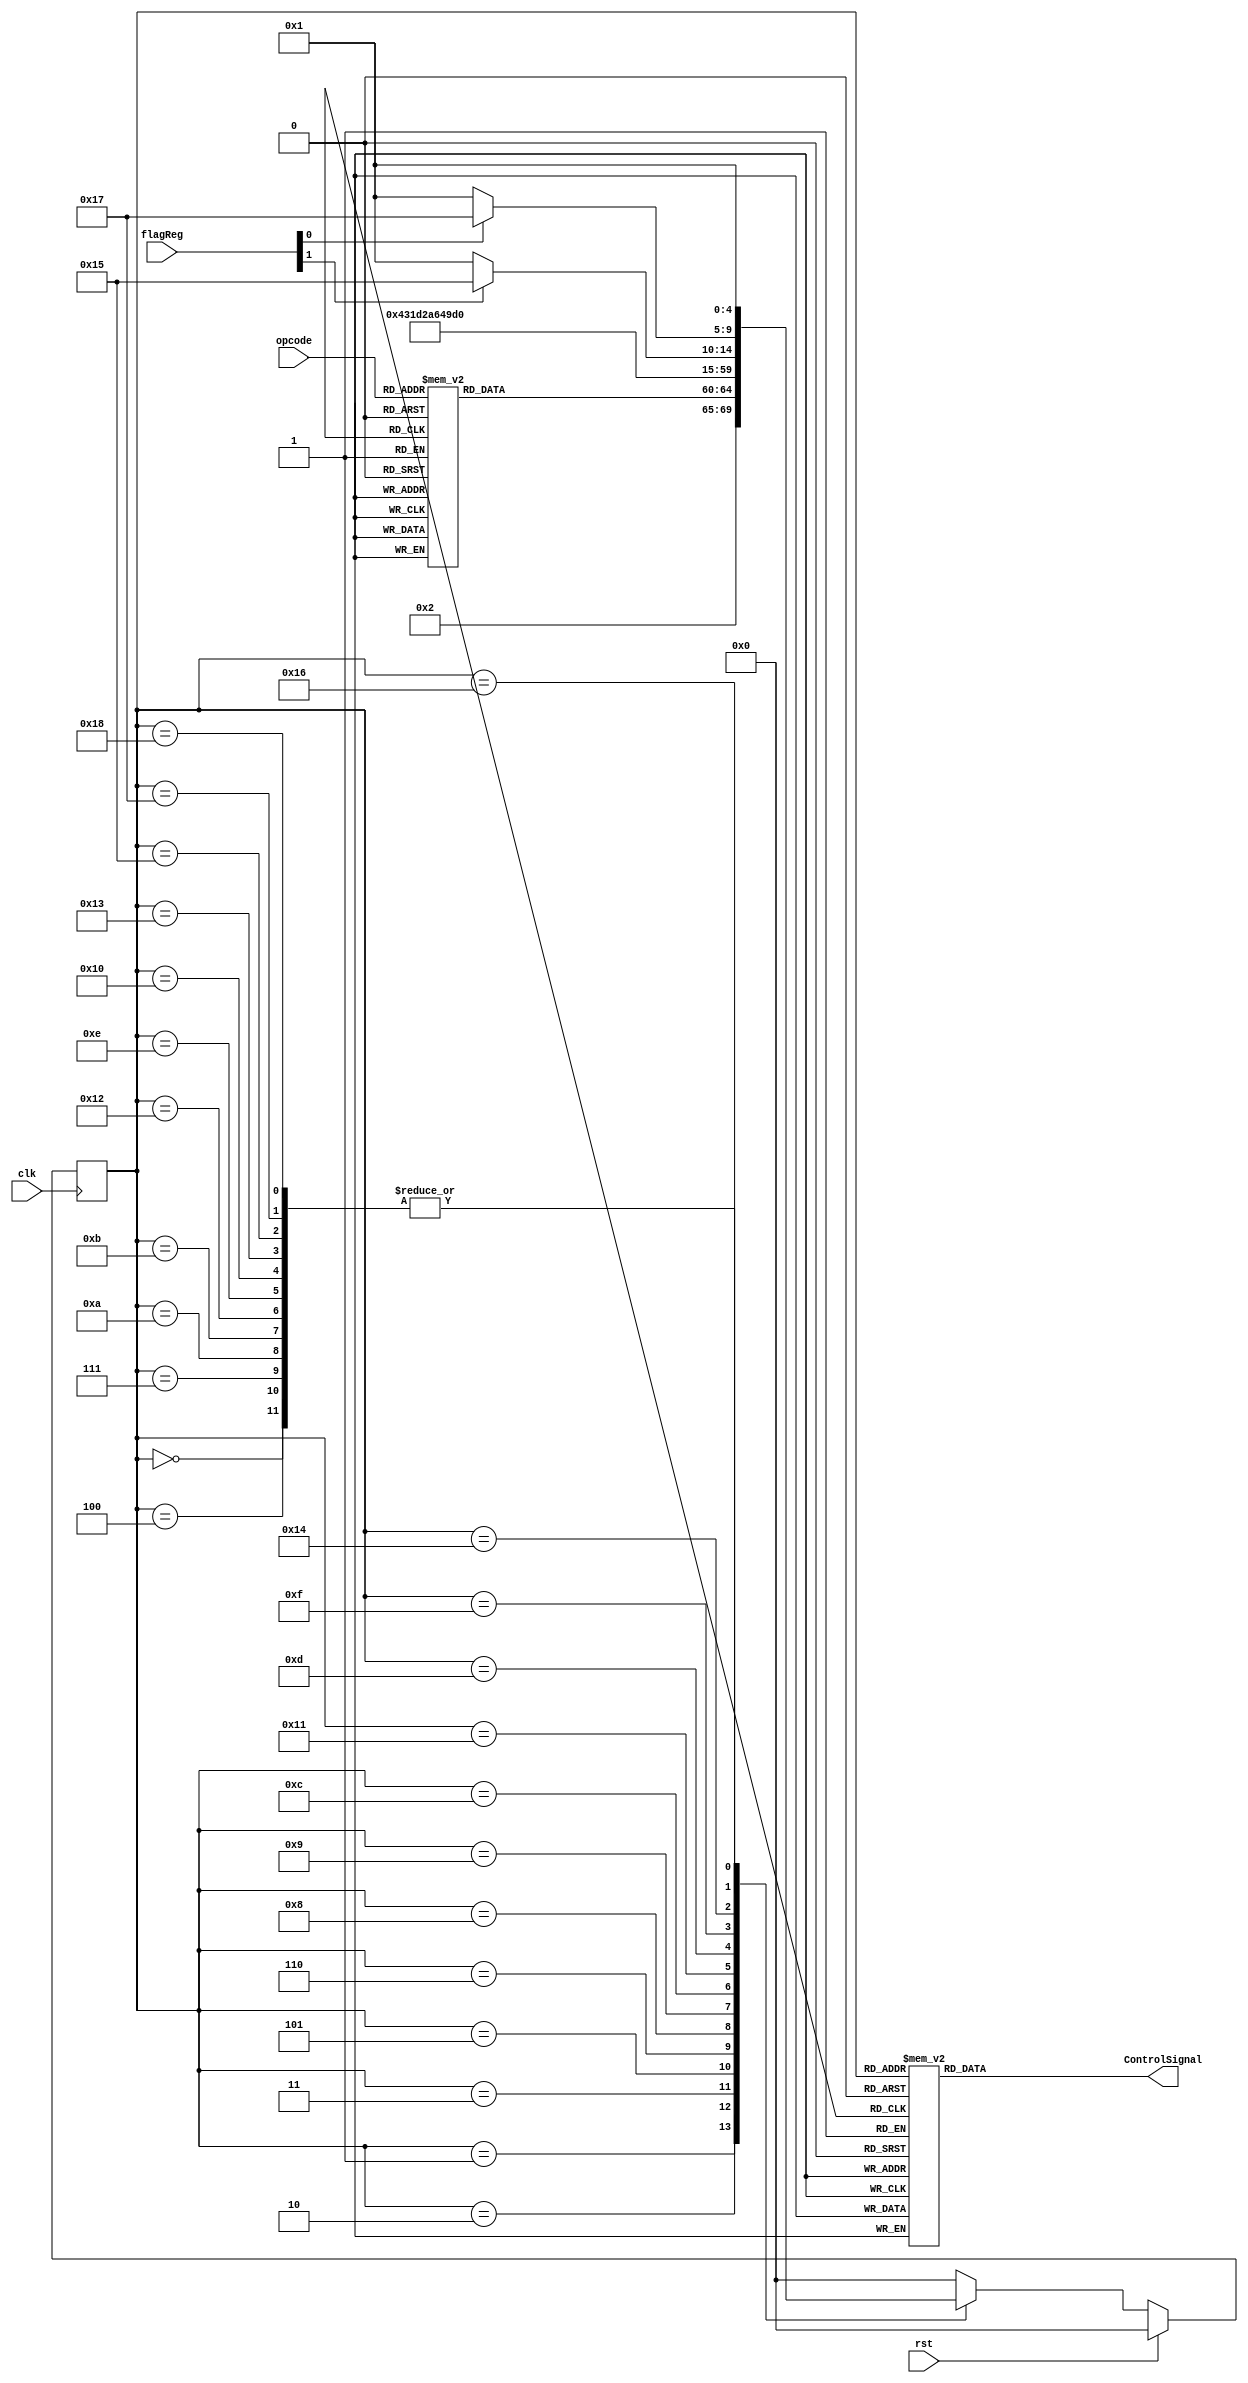
`timescale 1ns/1ps

`define LDA  4'b0000
`define STA  4'b0001
`define ADD  4'b0010
`define SUB  4'b0011
`define INCA 4'b0100
`define DECR 4'b0101
`define JMPZ 4'b0110
`define NOP  4'b0111
`define JMP  4'b1000
`define JMPC 4'b1001
`define LDI  4'b1010
`define OUT  4'b1011
`define HLT  4'b1100


module controlunit(
    input [3:0]opcode,
    input [1:0]flagReg,
    input clk,rst,
    output [17:0]ControlSignal
);

// Micro Opertions 
parameter idle = 0 ;
// Fetch States
parameter  fetch1 = 1;
parameter  fetch2 = 2; // Internall this state also performs Instruction Decode
                       // Because of Common Bus Architecture
// Load States
parameter  lda1 = 3;
parameter  lda2 = 4;
// Add States
parameter  add1 = 5;
parameter  add2 = 6;
parameter  add3 = 7;
// Subtract States
parameter  sub1 = 8;
parameter  sub2 = 9;
parameter  sub3 = 10;
// Output State
parameter  out  = 11;
// Halt State
parameter  hlt1  = 12;
// Increment States
parameter inc1 = 13;
parameter inc2 = 14;
// Decrement States
parameter dec1 = 15;
parameter dec2 = 16;
// No-Operation State : No additional State is Required : Fetch 1 & 2 are enough

// Store States
parameter sta1 = 17;
parameter sta2 = 18;

// Jump States
parameter jmp1 = 19;

// Jump if Zero States
parameter jmpz1 = 20;
parameter jmpz2 = 21;

// Jump if Carry States
parameter jmpc1 = 22;
parameter jmpc2 = 23;

// Load Immediate States
parameter ldi1 = 24;



reg [17:0]temp ;

reg [4:0]state,nstate;

always @(negedge clk ) begin
    if(rst == 1'b1)
    state <= idle;
    else
    state <= nstate;
end

always@(state) begin
    case(state)
    idle :   temp <= 0 ;
    fetch1 : temp <= 18'h00048;
    fetch2 : temp <= 18'h00112;

    lda1   : temp <= 18'h000C0;
    lda2   : temp <= 18'h01002;

    add1   : temp <= 18'h000C0;
    add2   : temp <= 18'h20202;
    add3   : temp <= 18'h09000;

    sub1   : temp <= 18'h000C0;
    sub2   : temp <= 18'h22202;
    sub3   : temp <= 18'h09000;

    out    : temp <= 18'h00420;

    hlt1   : temp <= 18'h00000;

    inc1   : temp <= 18'h24000;
    inc2   : temp <= 18'h09000;

    dec1   : temp <= 18'h26000;
    dec2   : temp <= 18'h09000;

    sta1   : temp <= 18'h000C0;
    sta2   : temp <= 18'h00401;

    jmp1   : temp <= 18'h00084;

    jmpz1  : temp <= 18'h10000;
    jmpz2  : temp <= 18'h00084;

    jmpc1  : temp <= 18'h10000;
    jmpc2  : temp <= 18'h00084;

    ldi1   : temp <= 18'h00880;

    default : temp <= 0;

    endcase

end



always @(state,opcode,flagReg)begin
    case(state)
    idle : begin
        nstate = fetch1 ;
    end
    fetch1 : begin
        nstate = fetch2 ;
    end
    fetch2 : begin
        case(opcode)
        `LDA : nstate = lda1 ;
        `ADD : nstate = add1 ;
        `SUB : nstate = sub1 ;
        `OUT : nstate = out ;
        `HLT : nstate = hlt1 ;
        `STA : nstate = sta1;
        `INCA: nstate = inc1;
        `DECR: nstate = dec1;
        `JMP : nstate = jmp1 ;
        `JMPZ: nstate = jmpz1;
        `JMPC: nstate = jmpc1;
        `NOP : nstate = fetch1;
        `LDI : nstate = ldi1 ;
        default: nstate = idle;
       endcase

    end
    lda1 : begin
        nstate = lda2 ;

    end
    lda2 : begin
        nstate = fetch1 ;
    end
    add1 : begin
        nstate = add2;

    end
    add2 : begin
        nstate = add3 ;

    end
    add3 : begin
        nstate = fetch1;
    end
    sub1 : begin
        nstate = sub2;
    end
    sub2 : begin
        nstate = sub3 ;
    end
    sub3 : begin
        nstate = fetch1;
    end

    out : begin
        nstate = fetch1;
    end

    hlt1 : begin
        if(rst == 1'b1)
        nstate = idle;
        else 
        nstate = hlt1 ;
    end

    sta1 : begin
        nstate = sta2;
    end
    sta2 : begin
        nstate = fetch1;
    end

    inc1 : begin 
        nstate = inc2 ;
    end
    inc2 : begin
        nstate = fetch1;
    end

    dec1 : begin
        nstate = dec2 ;
    end
    dec2 : begin
        nstate = fetch1;
    end

    jmp1 : begin
        nstate = fetch1 ;
    end
    jmpz1: begin
        if(flagReg[1] == 1'b1)
        nstate = jmpz2;
        else
        nstate = fetch1 ;
    end

    jmpz2 : begin
        nstate = fetch1;
    end
    jmpc1: begin
        if(flagReg[0] == 1'b1)
        nstate = jmpc2;
        else
        nstate = fetch1 ;
    end
    jmpc2 : begin
        nstate = fetch1;
    end
    
    ldi1 : begin
        nstate = fetch1;

    end

    default : nstate = idle ;

    endcase
    
end

assign ControlSignal = temp ;



endmodule